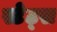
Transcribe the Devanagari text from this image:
स्टेट्‍स